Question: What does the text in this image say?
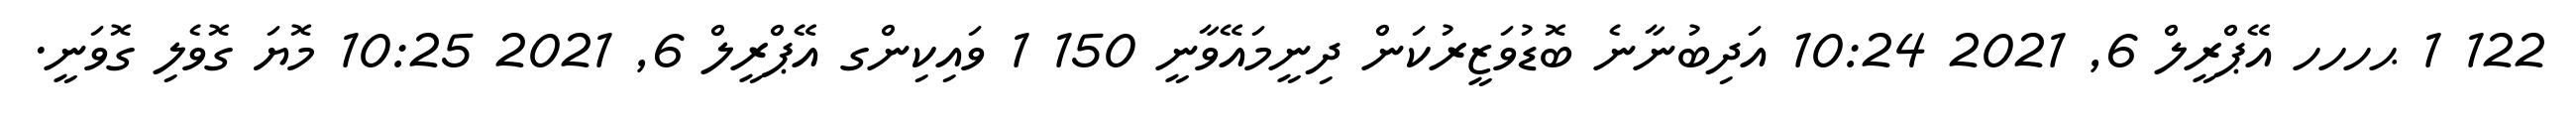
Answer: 122 1 ޙހހހ އޭޕްރީލް 6, 2021 10:24 އަދިބުނާނެ ބޮޑުވަޒީރުކަން ދިނީމައޭވާނީ 150 1 ވައިކިންގ އޭޕްރީލް 6, 2021 10:25 މޮޔަ ގޮވެލި ގޮވަނީ.